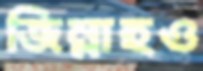
জিন্নাহও